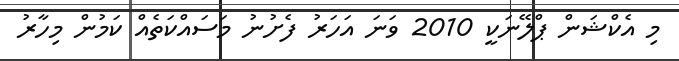
މި އެކްޝަން ޕްލޭނަކީ 2010 ވަނަ އަހަރު ފެށުނު މަސައްކަތެއް ކަމުން މިހާރު